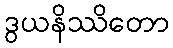
ဒွယနိဿိတော